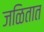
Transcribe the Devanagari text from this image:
जळितात